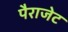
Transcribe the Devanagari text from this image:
पैराजेट